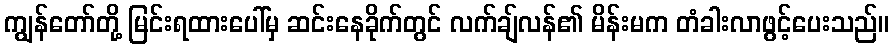
ကျွန်တော်တို့ မြင်းရထားပေါ်မှ ဆင်းနေခိုက်တွင် လက်ချ်လန်၏ မိန်းမက တံခါးလာဖွင့်ပေးသည်။